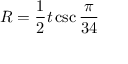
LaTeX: R = { \frac { 1 } { 2 } } t \csc { \frac { \pi } { 3 4 } }